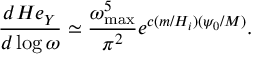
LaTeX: \frac { d { \cal H } e _ { Y } } { d \log { \omega } } \simeq \frac { \omega _ { \mathrm { m a x } } ^ { 5 } } { \pi ^ { 2 } } e ^ { c ( m / H _ { i } ) ( \psi _ { 0 } / M ) } .